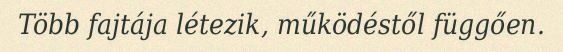
Több fajtája létezik, működéstől függően.